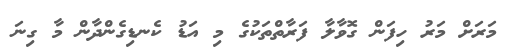
މަރަށް މަރު ހިފަން ގޮވާލާ ފަރާތްތަކުގެ މި އަޑު ކެނޑިގެންދާން މާ ގިނަ